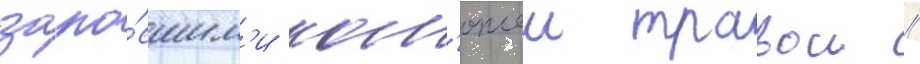
заро́сшим'и кол'ючеи травои //